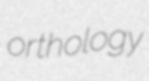
orthology